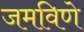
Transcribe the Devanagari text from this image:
जमविणे